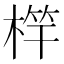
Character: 𣔼